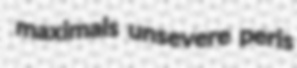
maximals unsevere peris